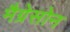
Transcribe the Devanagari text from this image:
मैग्रेसोन